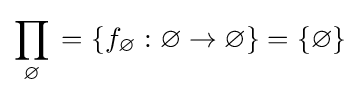
\prod _{\varnothing }{}=\left\{f_{\varnothing }:\varnothing \to \varnothing \right\}=\{\varnothing \}